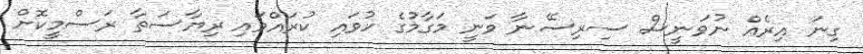
ގިނަ އިރެއް ނުވަނީސް ސިރިސޭނާ ވަނީ މަގާމުގެ ހުވައި ކުރައްވައި ރިޔާސަތާ ރަސްމީކޮށް